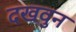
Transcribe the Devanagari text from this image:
दखवुन